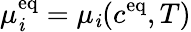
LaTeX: \mu_{\mathit{i}}^{\mathrm{{{eq}}}}=\mu_{\mathit{i}}(c^{\mathrm{{{eq}}}},T)